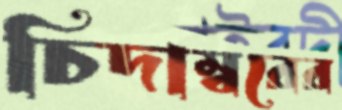
চিদাম্বরের